Language: tamil
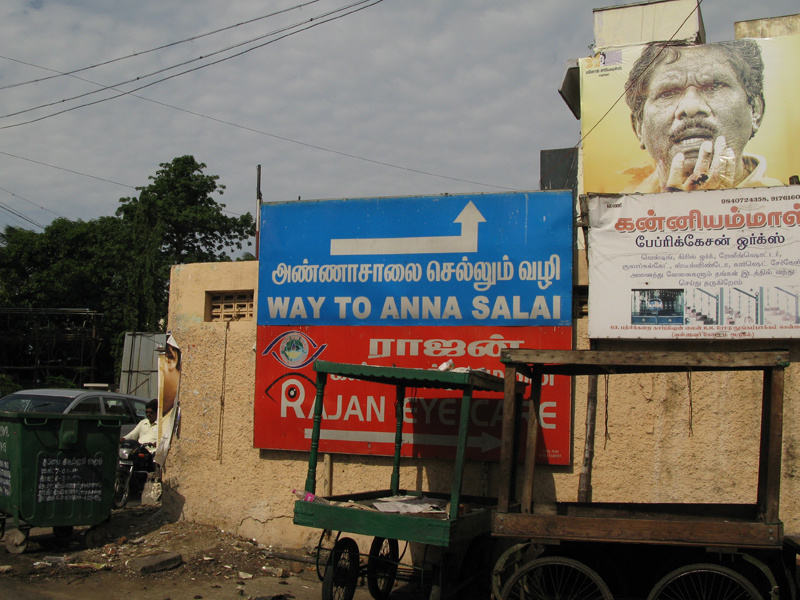
Transcription: இடத்தில் வந்து செய்து தருகிறோம் ஒா்க்ஸ் அண்ணாசாலை செல்லும் வழி ராஜன் கன்னியம்மா அனைத்து தங்கள் வேலைகளும்